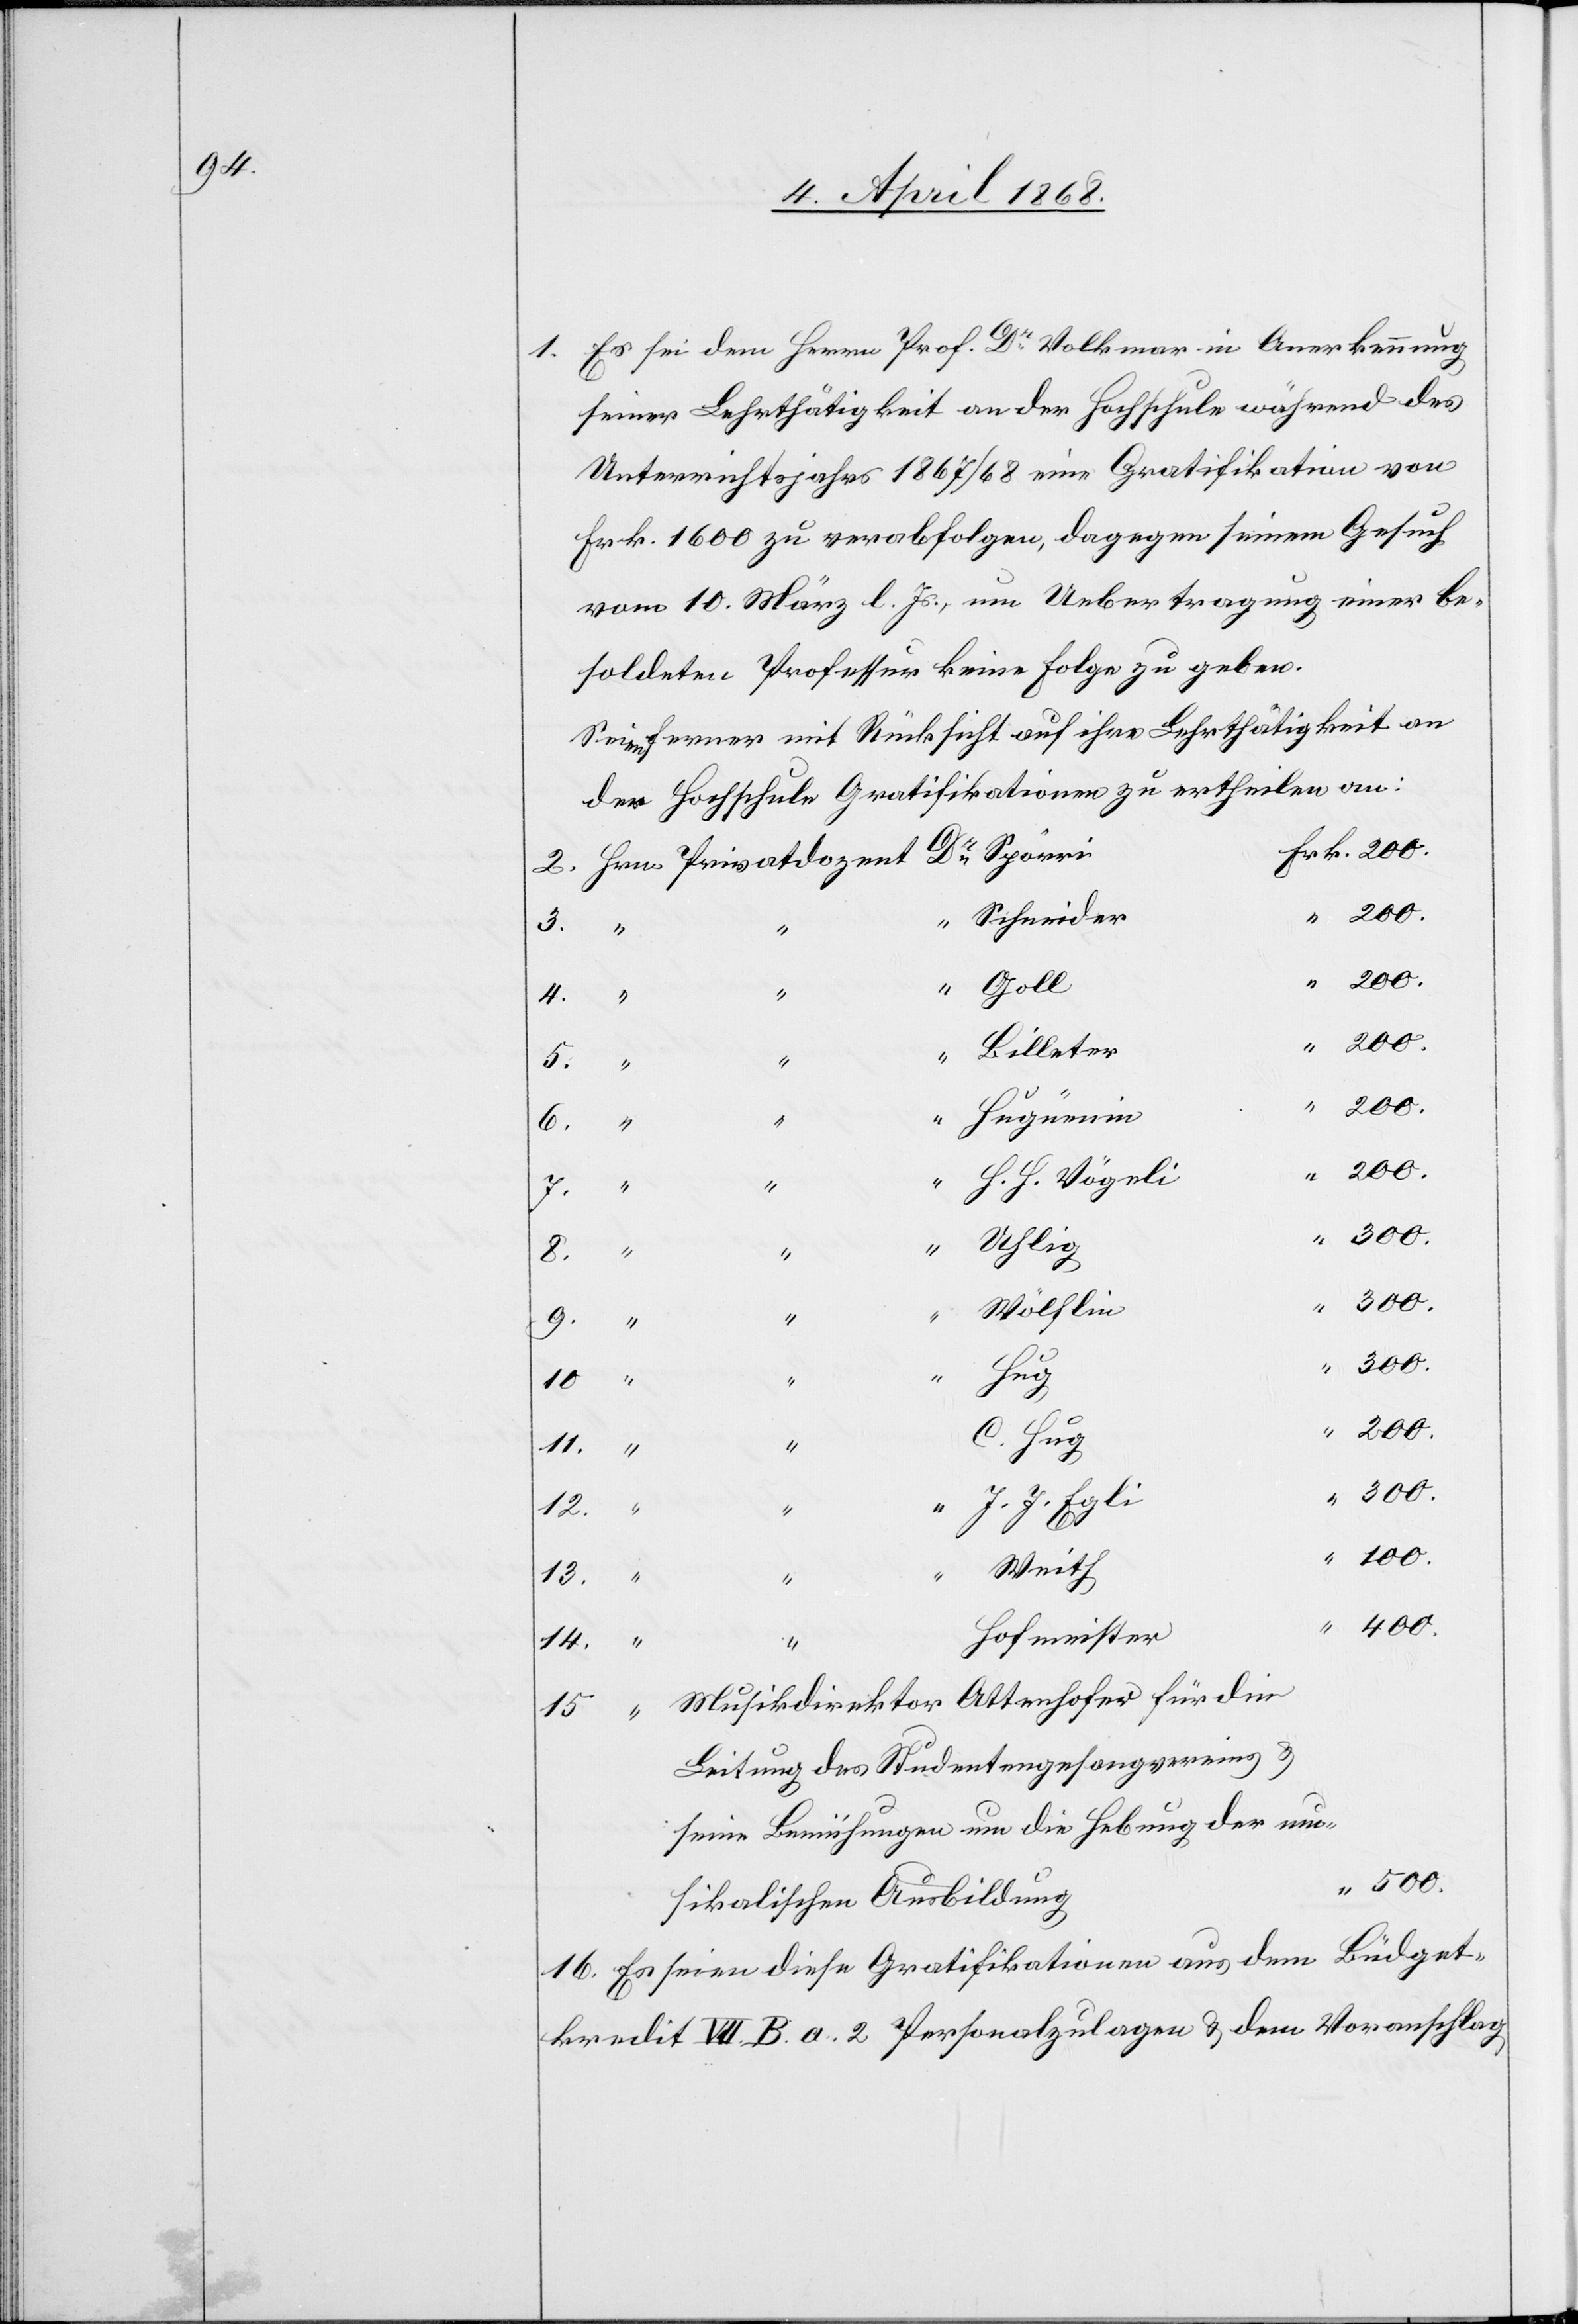
1. Es sei dem Herrn Prof. Dr. Volkmar in Anerkennung
seiner Lehrthätigkeit an der Hochschule während des
Unterrichtsjahrs 1867/68 eine Gratifikation von
Frk. 1600 zu verabfolgen, dagegen seinem Gesuch
vom 10. März l. Js., um Uebertragung einer be¬
soldeten Professur keine Folge zu geben.
Seien ferner mit Rücksicht auf ihre Lehrthätigkeit an
der Hochschule Gratifikationen zu ertheilen an:
Frk. 200.
Schneider
3.
“
Goll
4.
“
400.
Billeter
8.
“
200.
Hugüenin
16.
H. H. Vögeli
7.
Uhlig
300.
Wölflin
9.
Hug
2.
“
500.
C. Hug
14.
J. J. Egli
12.
“ 100.
Weith
13.
“
Hofmeister
Musikdirektor Attenhofer für die
15
“
Leitung des Studentengesangvereins &
seine Bemühungen um die Hebung der mu¬
sikalischen Ausbildung
Es seien diese Gratifikationen aus dem Büdget¬
kredit VII. B. a. 2 Personalzulagen & dem Voranschlag